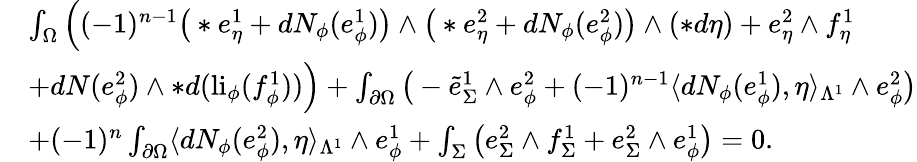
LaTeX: \begin{array}{rl}&{\int_{\Omega}\Big((-1)^{n-1}\big(\ast e_{\eta}^{1}+dN_{\phi}(e_{\phi}^{1})\big)\wedge\big(\ast e_{\eta}^{2}+dN_{\phi}(e_{\phi}^{2})\big)\wedge(\ast d\eta)+e_{\eta}^{2}\wedge f_{\eta}^{1}}\\ &{+dN(e_{\phi}^{2})\wedge\ast d(\mathrm{li}_{\phi}(f_{\phi}^{1}))\Big)+\int_{\partial\Omega}\big(-\tilde{e}_{\Sigma}^{1}\wedge e_{\phi}^{2}+(-1)^{n-1}\langle dN_{\phi}(e_{\phi}^{1}),\eta\rangle_{\Lambda^{1}}\wedge e_{\phi}^{2}\big)}\\ &{+(-1)^{n}\int_{\partial\Omega}\langle dN_{\phi}(e_{\phi}^{2}),\eta\rangle_{\Lambda^{1}}\wedge e_{\phi}^{1}+\int_{\Sigma}\big(e_{\Sigma}^{2}\wedge f_{\Sigma}^{1}+e_{\Sigma}^{2}\wedge e_{\phi}^{1}\big)=0.}\end{array}